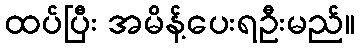
ထပ်ပြီး အမိန့်ပေးရဦးမည်။